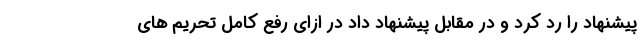
پیشنهاد را رد کرد و در مقابل پیشنهاد داد در ازای رفع کامل تحریم های